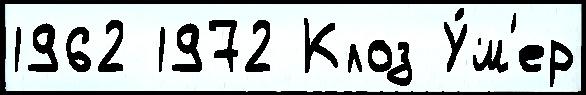
1962 1972 Клоз У́м'ер